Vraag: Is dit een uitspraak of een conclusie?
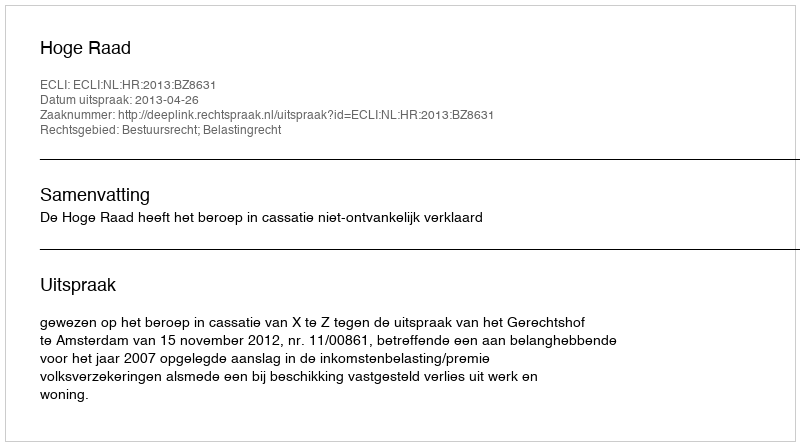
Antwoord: Uitspraak